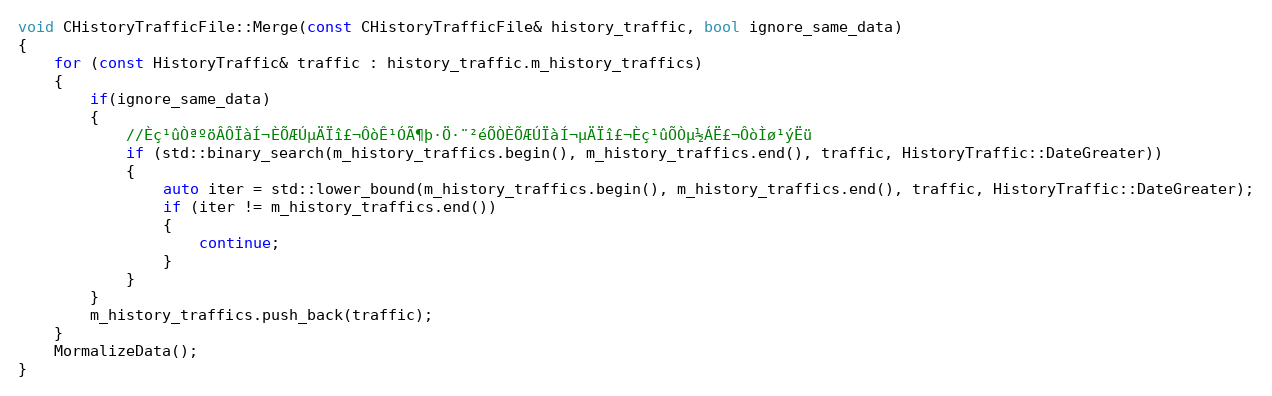
Language: C++
void CHistoryTrafficFile::Merge(const CHistoryTrafficFile& history_traffic, bool ignore_same_data)
{
	for (const HistoryTraffic& traffic : history_traffic.m_history_traffics)
	{
		if(ignore_same_data)
		{
			//Èç¹ûÒªºöÂÔÏàÍ¬ÈÕÆÚµÄÏî£¬ÔòÊ¹ÓÃ¶þ·Ö·¨²éÕÒÈÕÆÚÏàÍ¬µÄÏî£¬Èç¹ûÕÒµ½ÁË£¬ÔòÌø¹ýËü
			if (std::binary_search(m_history_traffics.begin(), m_history_traffics.end(), traffic, HistoryTraffic::DateGreater))
			{
				auto iter = std::lower_bound(m_history_traffics.begin(), m_history_traffics.end(), traffic, HistoryTraffic::DateGreater);
				if (iter != m_history_traffics.end())
				{
					continue;
				}
			}
		}
		m_history_traffics.push_back(traffic);
	}
	MormalizeData();
}